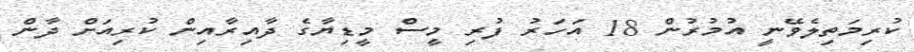
ކުރިމަތިލެވޭނީ އުމުރުން 18 އަހަރު ފުރި މީސް މީޑިޔާގެ ދާއިރާއިން ކުރިއަށް ދާން